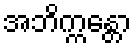
အဘိက္ကန္တော